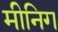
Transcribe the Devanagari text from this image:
मीनिग